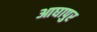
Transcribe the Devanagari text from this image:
आघापुर